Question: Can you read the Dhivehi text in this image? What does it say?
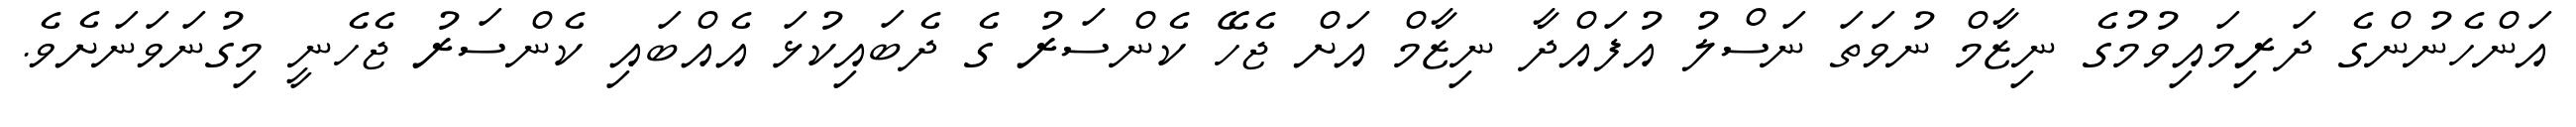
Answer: އަންހެނުންގެ ދަރިމައިވުމުގެ ނިޒާމް ނުވަތަ ނަސްލު އުފައްދާ ނިޒާމް އަށް ޖެހޭ ކެންސަރު ގެ ދެބައިކުޅަ އެއްބައި ކެންސަރު ޖެހެނީ މިގުނަވަނަށެވެ.